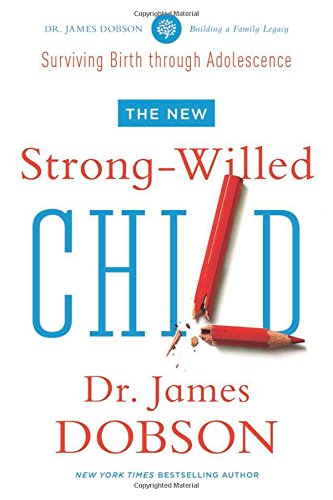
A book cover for The New Strong-Willed Child; James C. Dobson; Parenting & Relationships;